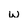
Character: w